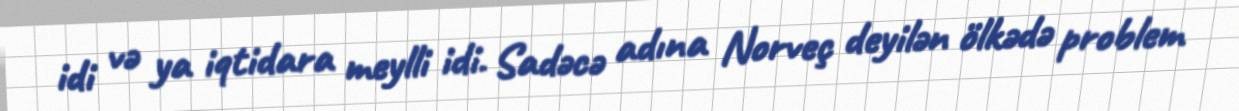
idi və ya iqtidara meylli idi. Sadəcə adına Norveç deyilən ölkədə problem